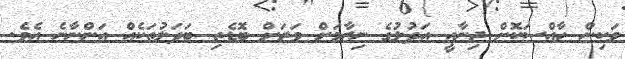
ވަކިން ހާއްސަކޮށް ޖިނާއީ އަދުލުގެ ނިޒާމަށް ވަރަށް ބޮޑެތި ބަދަލުތަކެއް އަންނާނެ އެވެ.